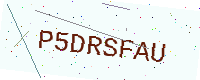
Text: P5DRSFAU